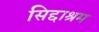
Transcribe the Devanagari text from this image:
सिद्दाश्रम